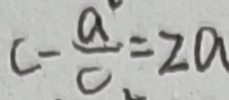
C - \frac { a } { c } = 2 a